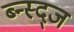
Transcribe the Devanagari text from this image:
ब्न्स्द्ज